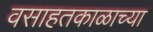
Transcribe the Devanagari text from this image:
वसाहतकाळाच्या